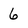
Character: 6